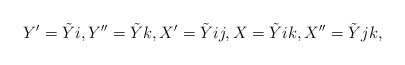
\begin{align*} Y'=\tilde Yi,Y''=\tilde Yk,X'=\tilde Yij,X=\tilde Yik, X''=\tilde Yjk, \end{align*}